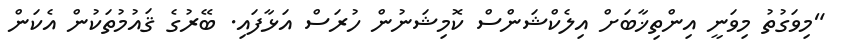
"މިވަގުތު މިވަނީ އިންތިޚާބަށް އިލެކްޝަންސް ކޮމިޝަނުން ހުރަސް އަޅާފައި. ބޭރުގެ ޤައުމުތަކުން އެކަން